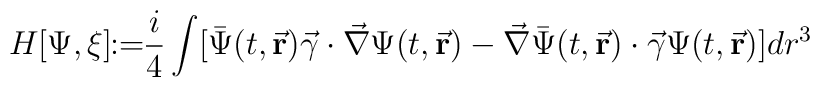
H[\Psi,\xi] \!\!:=\!\! \frac{i}{4}\int[\bar{\Psi}(t,\vec{\bf r})\vec{\gamma}\cdot\vec{\nabla}\Psi(t,\vec{\bf r})-\vec{\nabla}\bar{\Psi}(t,\vec{\bf r})\cdot\vec{\gamma}\Psi(t,\vec{\bf r})]dr^3